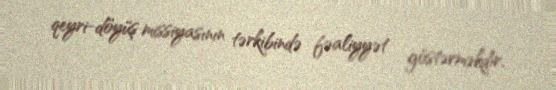
qeyri-döyüş missiyasının tərkibində fəaliyyət göstərməkdir.